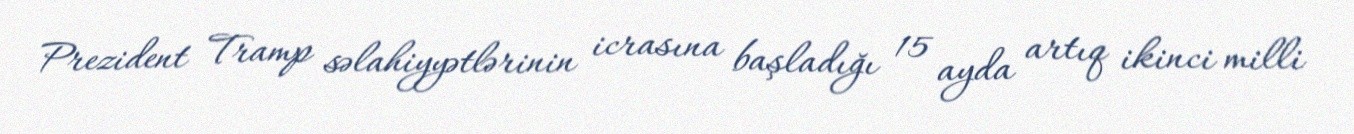
Prezident Tramp səlahiyyətlərinin icrasına başladığı 15 ayda artıq ikinci milli